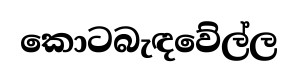
කොටබැඳවේල්ල